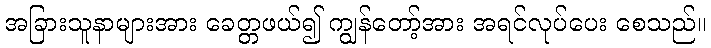
အခြားသူနာများအား ခေတ္တဖယ်၍ ကျွန်တော့်အား အရင်လုပ်ပေး စေသည်။